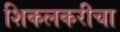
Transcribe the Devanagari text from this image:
शिकलकरीचा